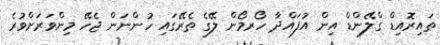
ތައިރޮއިޑް ގްލޭންޑް އިން އުފައްދާ ހޯރމޯން ލޭގެ ތެރޭގައި ހުންނަން ޖެހޭ މިންވަރަށްވުރެ